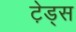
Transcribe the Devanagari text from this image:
टे़ड्स